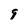
Character: 9